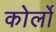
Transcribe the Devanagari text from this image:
कोर्लो